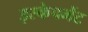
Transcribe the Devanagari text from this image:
इस्केपमेंट